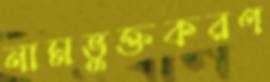
নামভুক্তকরণ